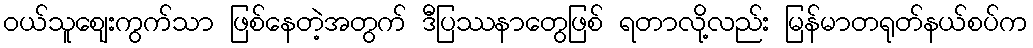
ဝယ်သူဈေးကွက်သာ ဖြစ်နေတဲ့အတွက် ဒီပြဿနာတွေဖြစ် ရတာလို့လည်း မြန်မာတရုတ်နယ်စပ်က